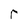
Character: r